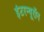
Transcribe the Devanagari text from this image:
इंटरन्यूरॉन